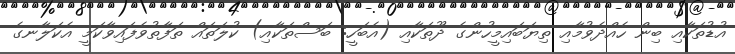
އުޑުތަކާއި ބިން ހެއްދެވުމާއި ތިޔަބައިމީހުންގެ ދޫތަކާއި (އެބަހީ: ބަސްތަކާއި) ކުލަތައް ތަފާތުވެފައިވާކަމީ އެކަލާނގެ